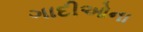
ગાદીઓના